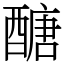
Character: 醣